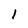
Character: l